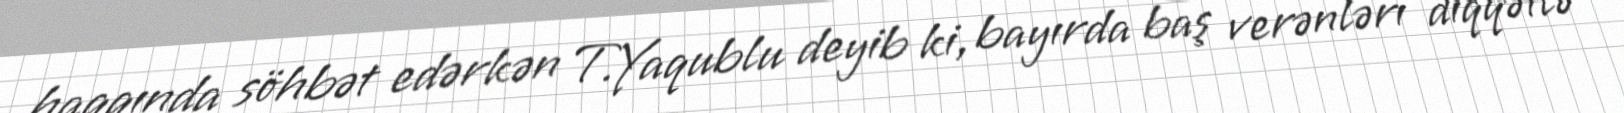
haqqında söhbət edərkən T.Yaqublu deyib ki, bayırda baş verənləri diqqətlə